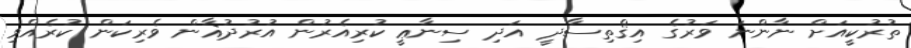
ތުރުކީއަށް ނާންނަ ވަރުގެ އިޤްތިސާދީ އަދި ސިނާޢީ ކުރިއެރުން އުރުދުޣާން ވެރިކަން ކުރެއްވި